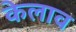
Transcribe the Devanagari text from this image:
केलाव